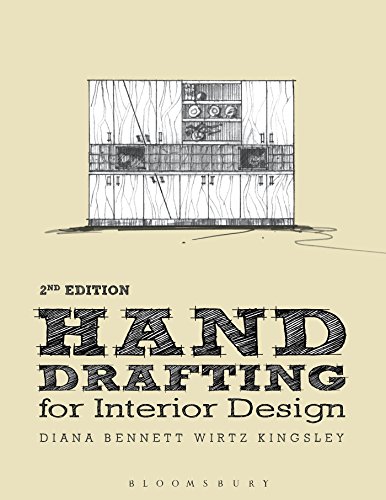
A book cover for Hand Drafting for Interior Design; Diana Bennett Wirtz Kingsley; Arts & Photography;